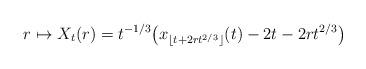
LaTeX: \begin{align*}r\mapsto X_t(r) = t^{-1/3}\big(x_{\lfloor t+2rt^{2/3}\rfloor}(t)-2t-2rt^{2/3} \big)\,\end{align*}